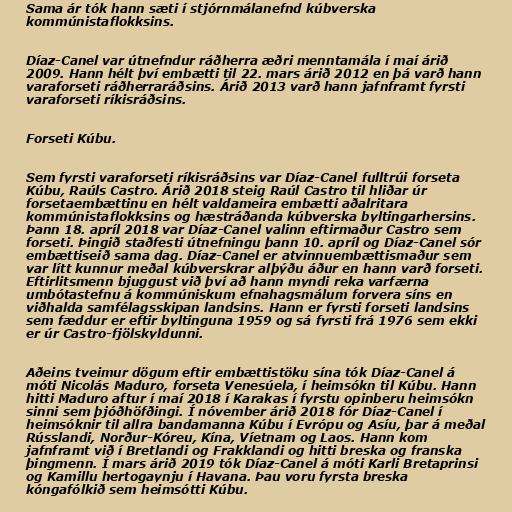
Sama ár tók hann sæti í stjórnmálanefnd kúbverska
kommúnistaflokksins.

Díaz-Canel var útnefndur ráðherra æðri menntamála í maí árið
2009. Hann hélt því embætti til 22. mars árið 2012 en þá varð hann
varaforseti ráðherraráðsins. Árið 2013 varð hann jafnframt fyrsti
varaforseti ríkisráðsins.

Forseti Kúbu.

Sem fyrsti varaforseti ríkisráðsins var Díaz-Canel fulltrúi forseta
Kúbu, Raúls Castro. Árið 2018 steig Raúl Castro til hliðar úr
forsetaembættinu en hélt valdameira embætti aðalritara
kommúnistaflokksins og hæstráðanda kúbverska byltingarhersins.
Þann 18. apríl 2018 var Díaz-Canel valinn eftirmaður Castro sem
forseti. Þingið staðfesti útnefningu þann 10. apríl og Díaz-Canel sór
embættiseið sama dag. Díaz-Canel er atvinnuembættismaður sem
var lítt kunnur meðal kúbverskrar alþýðu áður en hann varð forseti.
Eftirlitsmenn bjuggust við því að hann myndi reka varfærna
umbótastefnu á kommúniskum efnahagsmálum forvera síns en
viðhalda samfélagsskipan landsins. Hann er fyrsti forseti landsins
sem fæddur er eftir byltinguna 1959 og sá fyrsti frá 1976 sem ekki
er úr Castro-fjölskyldunni.

Aðeins tveimur dögum eftir embættistöku sína tók Díaz-Canel á
móti Nicolás Maduro, forseta Venesúela, í heimsókn til Kúbu. Hann
hitti Maduro aftur í maí 2018 í Karakas í fyrstu opinberu heimsókn
sinni sem þjóðhöfðingi. Í nóvember árið 2018 fór Díaz-Canel í
heimsóknir til allra bandamanna Kúbu í Evrópu og Asíu, þar á meðal
Rússlandi, Norður-Kóreu, Kína, Víetnam og Laos. Hann kom
jafnframt við í Bretlandi og Frakklandi og hitti breska og franska
þingmenn. Í mars árið 2019 tók Díaz-Canel á móti Karli Bretaprinsi
og Kamillu hertogaynju í Havana. Þau voru fyrsta breska
kóngafólkið sem heimsótti Kúbu.